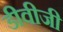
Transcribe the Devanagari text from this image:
डीवीजी